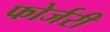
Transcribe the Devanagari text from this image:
फोर्जरी